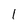
Character: 1